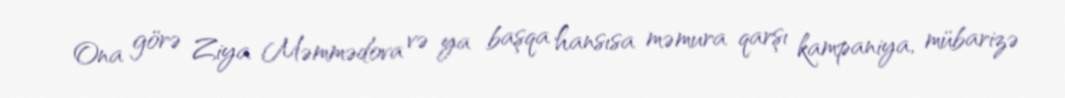
Ona görə Ziya Məmmədova və ya başqa hansısa məmura qarşı kampaniya, mübarizə